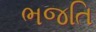
ભજતિ